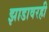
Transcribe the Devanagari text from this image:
झाडावरही